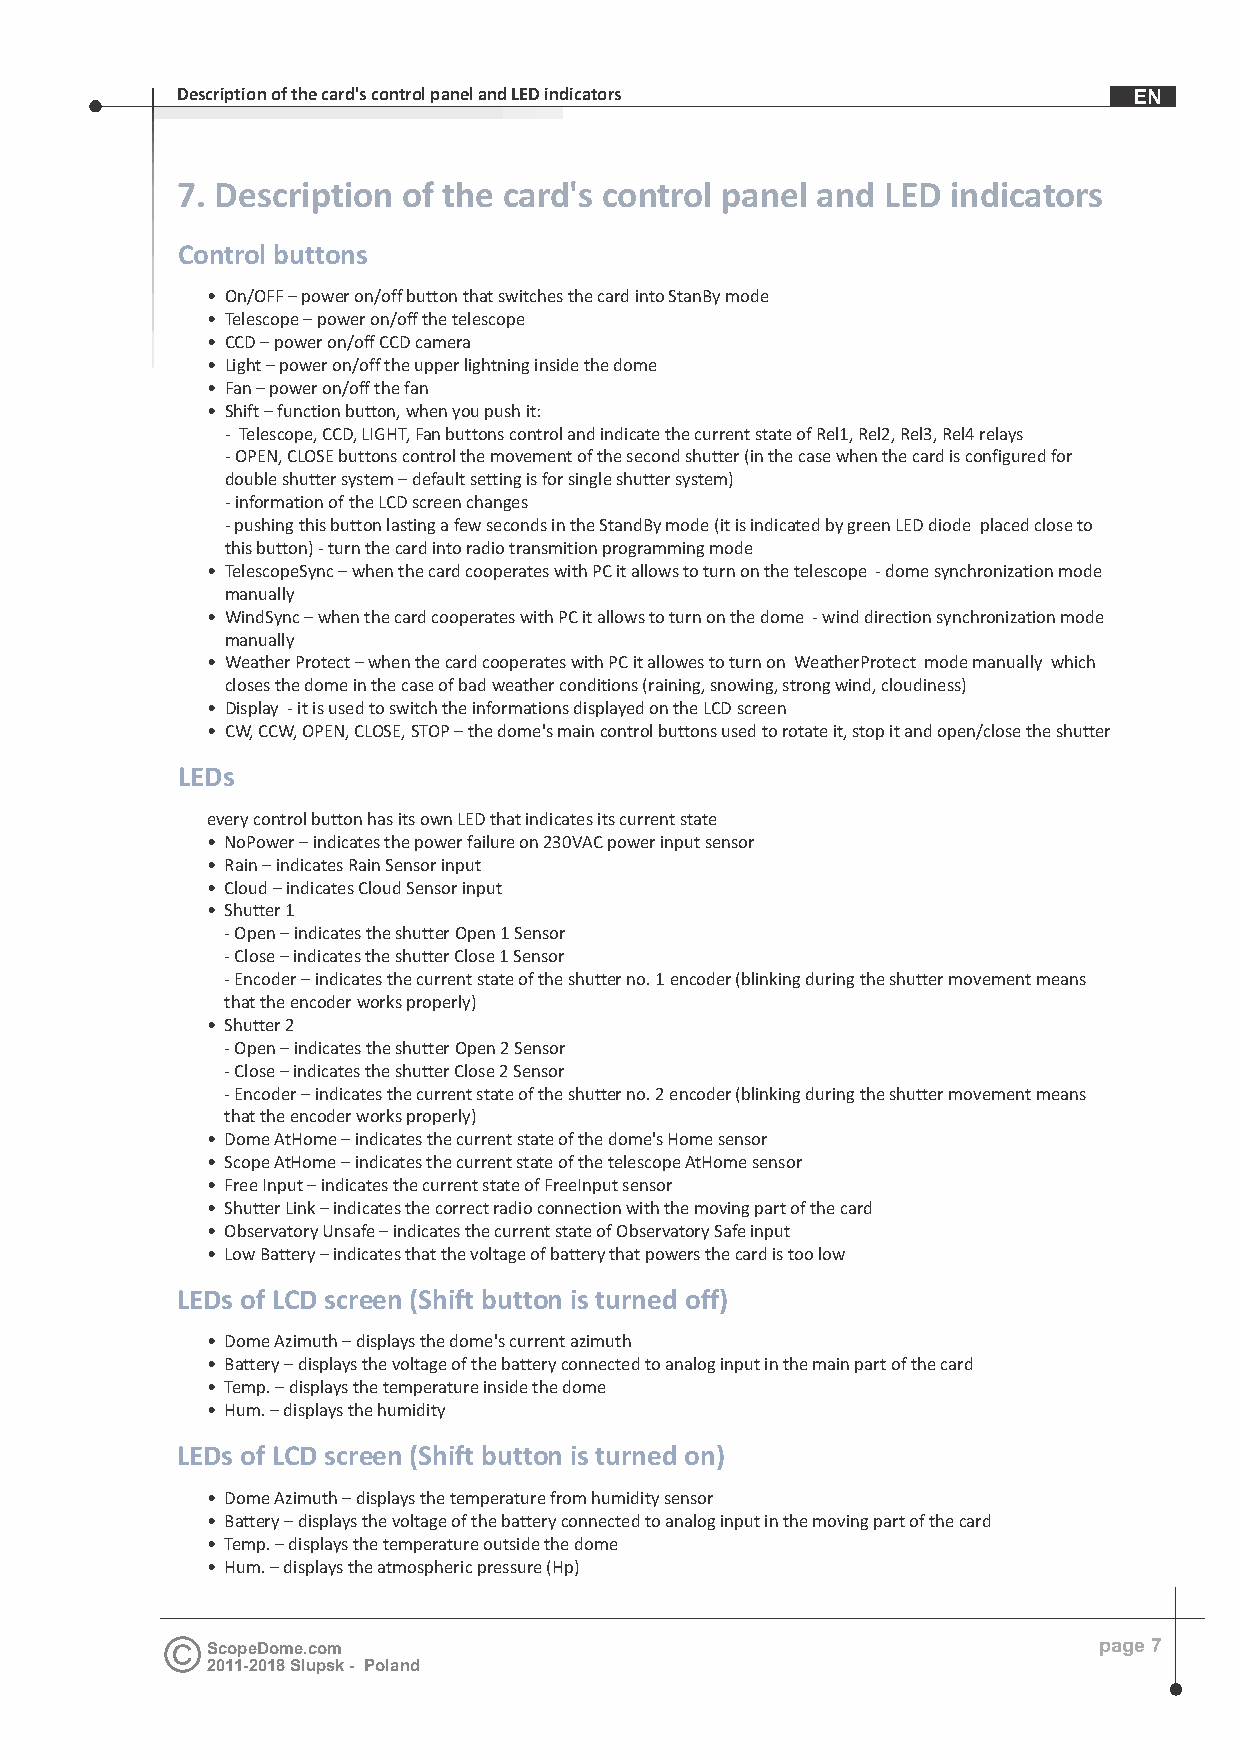
Description of the card's control panel and LED indicators     EN
 7. Description of the card's control panel and LED indicators
 Control buttons
 • On/OFF – power on/off button that switches the card into StanBy mode
 • Telescope – power on/off the telescope
 • CCD – power on/off CCD camera
 • Light – power on/off the upper lightning inside the dome
 • Fan – power on/off the fan
 • Shift – function button, when you push it:
 - Telescope, CCD, LIGHT, Fan buttons control and indicate the current state of Rel1, Rel2, Rel3, Rel4 relays
 - OPEN, CLOSE buttons control the movement of the second shutter (in the case when the card is configured for
 double shutter system – default setting is for single shutter system)
 - information of the LCD screen changes
 - pushing this button lasting a few seconds in the StandBy mode (it is indicated by green LED diode placed close to
 this button) - turn the card into radio transmition programming mode
 • TelescopeSync – when the card cooperates with PC it allows to turn on the telescope - dome synchronization mode
 manually
 • WindSync – when the card cooperates with PC it allows to turn on the dome - wind direction synchronization mode
 manually
 • Weather Protect – when the card cooperates with PC it allowes to turn on WeatherProtect mode manually which
 closes the dome in the case of bad weather conditions (raining, snowing, strong wind, cloudiness)
 • Display - it is used to switch the informations displayed on the LCD screen
 • CW, CCW, OPEN, CLOSE, STOP – the dome's main control buttons used to rotate it, stop it and open/close the shutter
 LEDs
 every control button has its own LED that indicates its current state
 • NoPower – indicates the power failure on 230VAC power input sensor
 • Rain – indicates Rain Sensor input
 • Cloud – indicates Cloud Sensor input
 • Shutter 1
 - Open – indicates the shutter Open 1 Sensor
 - Close – indicates the shutter Close 1 Sensor
 - Encoder – indicates the current state of the shutter no. 1 encoder (blinking during the shutter movement means
 that the encoder works properly)
 • Shutter 2
 - Open – indicates the shutter Open 2 Sensor
 - Close – indicates the shutter Close 2 Sensor
 - Encoder – indicates the current state of the shutter no. 2 encoder (blinking during the shutter movement means
 that the encoder works properly)
 • Dome AtHome – indicates the current state of the dome's Home sensor
 • Scope AtHome – indicates the current state of the telescope AtHome sensor
 • Free Input – indicates the current state of FreeInput sensor
 • Shutter Link – indicates the correct radio connection with the moving part of the card
 • Observatory Unsafe – indicates the current state of Observatory Safe input
 • Low Battery – indicates that the voltage of battery that powers the card is too low
 LEDs of LCD screen (Shift button is turned off)
 • Dome Azimuth – displays the dome's current azimuth
 • Battery – displays the voltage of the battery connected to analog input in the main part of the card
 • Temp. – displays the temperature inside the dome
 • Hum. – displays the humidity
 LEDs of LCD screen (Shift button is turned on)
 • Dome Azimuth – displays the temperature from humidity sensor
 • Battery – displays the voltage of the battery connected to analog input in the moving part of the card
 • Temp. – displays the temperature outside the dome
 • Hum. – displays the atmospheric pressure (Hp)
 ScopeDome.com                                              page 7
 2011-2018 Slupsk - Poland